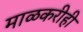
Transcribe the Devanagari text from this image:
माळकरीही